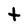
Character: t